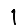
Digit: 1